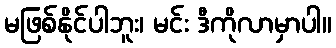
မဖြစ်နိုင်ပါဘူး၊ မင်း ဒီကိုလာမှာပါ။